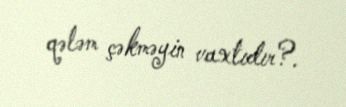
qələm çəkməyin vaxtıdır?.